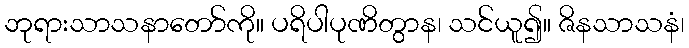
ဘုရားသာသနာတော်ကို။ ပရိပါပုဏိတွာန၊ သင်ယူ၍။ ဇိနသာသနံ၊